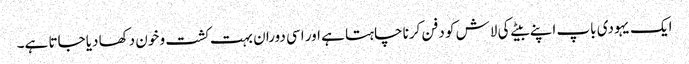
ایک یہودی باپ اپنے بیٹے کی لاش کو دفن کرنا چاہتا ہے اور اسی دوران بہت کشت و خون دکھا دیا جاتا ہے۔